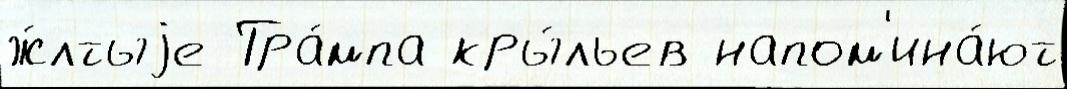
ж́лтыjе Тра́мпа кры́льев напом'ина́ют